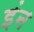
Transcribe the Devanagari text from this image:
इंन